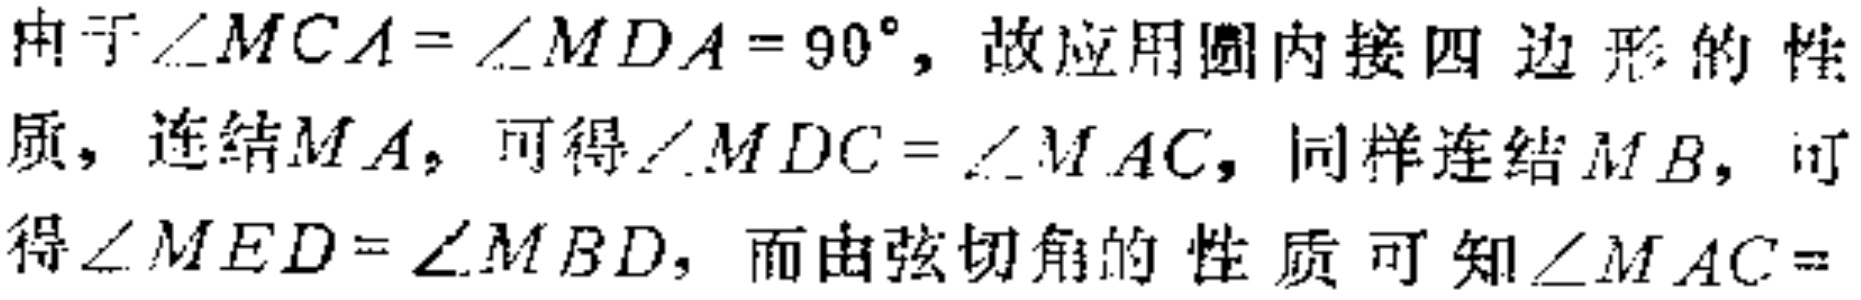
由于\(\angle MCA = \angle MDA = 90^{\circ}\)，故应用圆内接四边形的性
质，连结\(MA\)，可得\(\angle MDC = \angle MAC\)，同样连结\(MB\)，可
得\(\angle MED = \angle MBD\)，而由弦切角的性质可知\(\angle MAC =\)